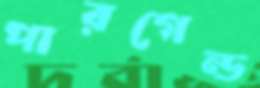
পারগেন্ড